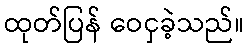
ထုတ်ပြန် ဝေငှခဲ့သည်။